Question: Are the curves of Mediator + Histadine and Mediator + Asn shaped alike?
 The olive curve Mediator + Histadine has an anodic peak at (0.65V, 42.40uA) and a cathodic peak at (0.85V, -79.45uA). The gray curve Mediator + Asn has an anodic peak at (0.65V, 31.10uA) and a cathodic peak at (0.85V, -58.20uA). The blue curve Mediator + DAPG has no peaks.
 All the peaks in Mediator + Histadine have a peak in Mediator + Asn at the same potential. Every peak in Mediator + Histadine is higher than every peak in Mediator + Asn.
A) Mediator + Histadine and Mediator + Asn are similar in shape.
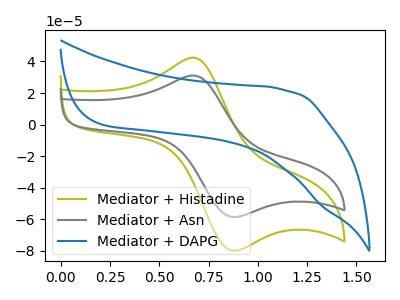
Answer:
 <answer>A) "Mediator + Histadine" and "Mediator + Asn" are similar in shape.</answer>
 <eval>A</eval>